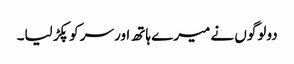
دو لوگوں نے میرے ہاتھ اور سر کو پکڑ لیا۔